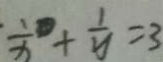
\frac { 1 } { x } + \frac { 1 } { y } = 3